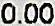
0.00